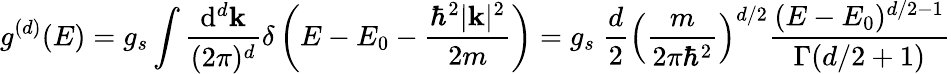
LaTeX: g^{(d)}(E)=g_{s}\int{\frac{\mathrm{d}^{d}\mathbf{k}}{(2\pi)^{d}}}\delta\left(E-E_{0}-{\frac{\hbar^{2}|\mathbf{k}|^{2}}{2m}}\right)=g_{s}\ {\frac{d}{2}}\left({\frac{m}{2\pi\hbar^{2}}}\right)^{d/2}{\frac{(E-E_{0})^{d/2-1}}{\Gamma(d/2+1)}}